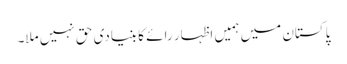
پاکستان میں ہمیں اظہارِ رائے کا بنیادی حق نہیں ملا۔